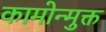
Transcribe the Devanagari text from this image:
कामोन्मुक्त